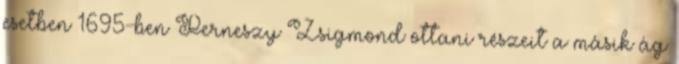
esetben 1695-ben Perneszy Zsigmond ottani részeit a másik ág